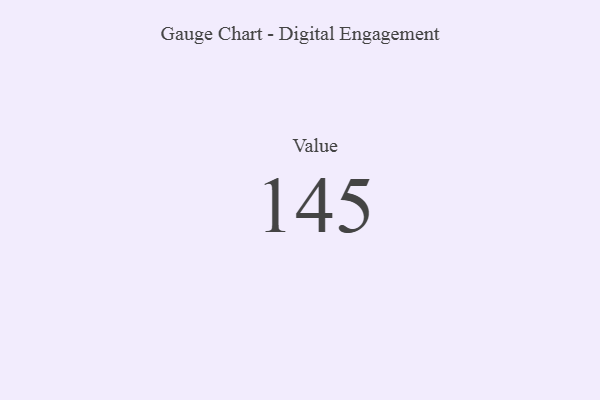
{"axis": {"x": "Metric", "y": "Value"}, "legend": [""], "data": [{"x": "Value", "y": 145, "type": ""}]}